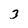
Character: 3